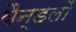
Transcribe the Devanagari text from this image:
वैन्डलों